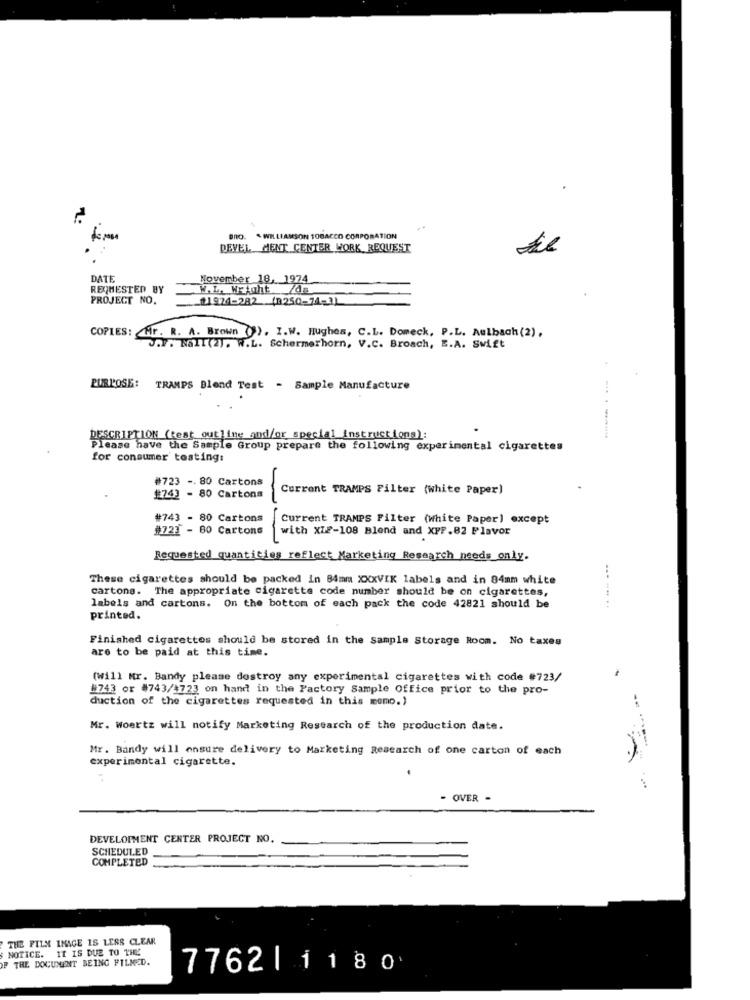
BRO. WILLIAMSON TOBACCO CORPORATION
DEVEL MENT CENTER WORK REQUEST
DATE
November 18, 1974
REQHESTED BY
W.L. Weight /ds
PROJECT NO.
21974-282 (9250-74-1)
COPIES: Mr. R. A. Brown (). I.W. Hughes, C.L. Domeck, P.L. Aulbach (2),
J.F. NaII (2). W.L. Schermerhorn, V.C. Broach, E.A. Swift
PURPOSE: TRAMPS Blend Test - Sample Manufacture
DESCRIPTION (test outline and/or special instructions):
Please have the Sample Group prepare the following experimental cigarettes
for consumer testing:
#723 -. 80 Cartons
-
Current TRAMPS Filter (white Paper)
#743 - 80 Cartons
#743 - 80 Cartons
Current TRAMPS Filter (white Paper) except
#723 - 80 Cartons
with XIE-108 Blend and XPP.82 Flavor
-
Requested quantities reflect Marketing Research needs only.
These cigarettes should be packed in 84mm XXXVIK labels and in 84mm white
cartons. The appropriate cigarette code number should be on cigarettes,
labels and cartons. On the bottom of each pack the code 42821 should be
... .. ..
printed.
Finished cigarettes should be stored in the sample Storage Room. No taxes
are to be paid at this time.
(will Mr. Bandy please destroy any experimental cigarettes with code #723/
#743 or #743/4723 on hand in the Factory Sample Office prior to the pro-
duction of the cigarettes requested in this memo.)
Mr. Woertz will notify Marketing Research of the production date.
Mr. Bandy will ensure delivery to Marketing Research of one carton of each
experimental cigarette.
OVER -
DEVELOPMENT CENTER PROJECT NO.
SCHEDULED
COMPLETED
THE FILM IMAGE IS LESS CLEAR
NOTICE. IT IS DUE TO THE
OF THE DOCUMENT BEING FILMED.
7762 |1180